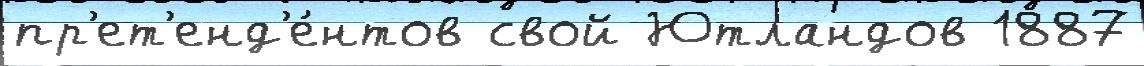
пр'ет'енд'е́нтов свой Ютландов 1887